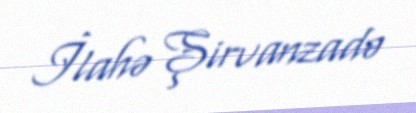
İlahə Şirvanzadə